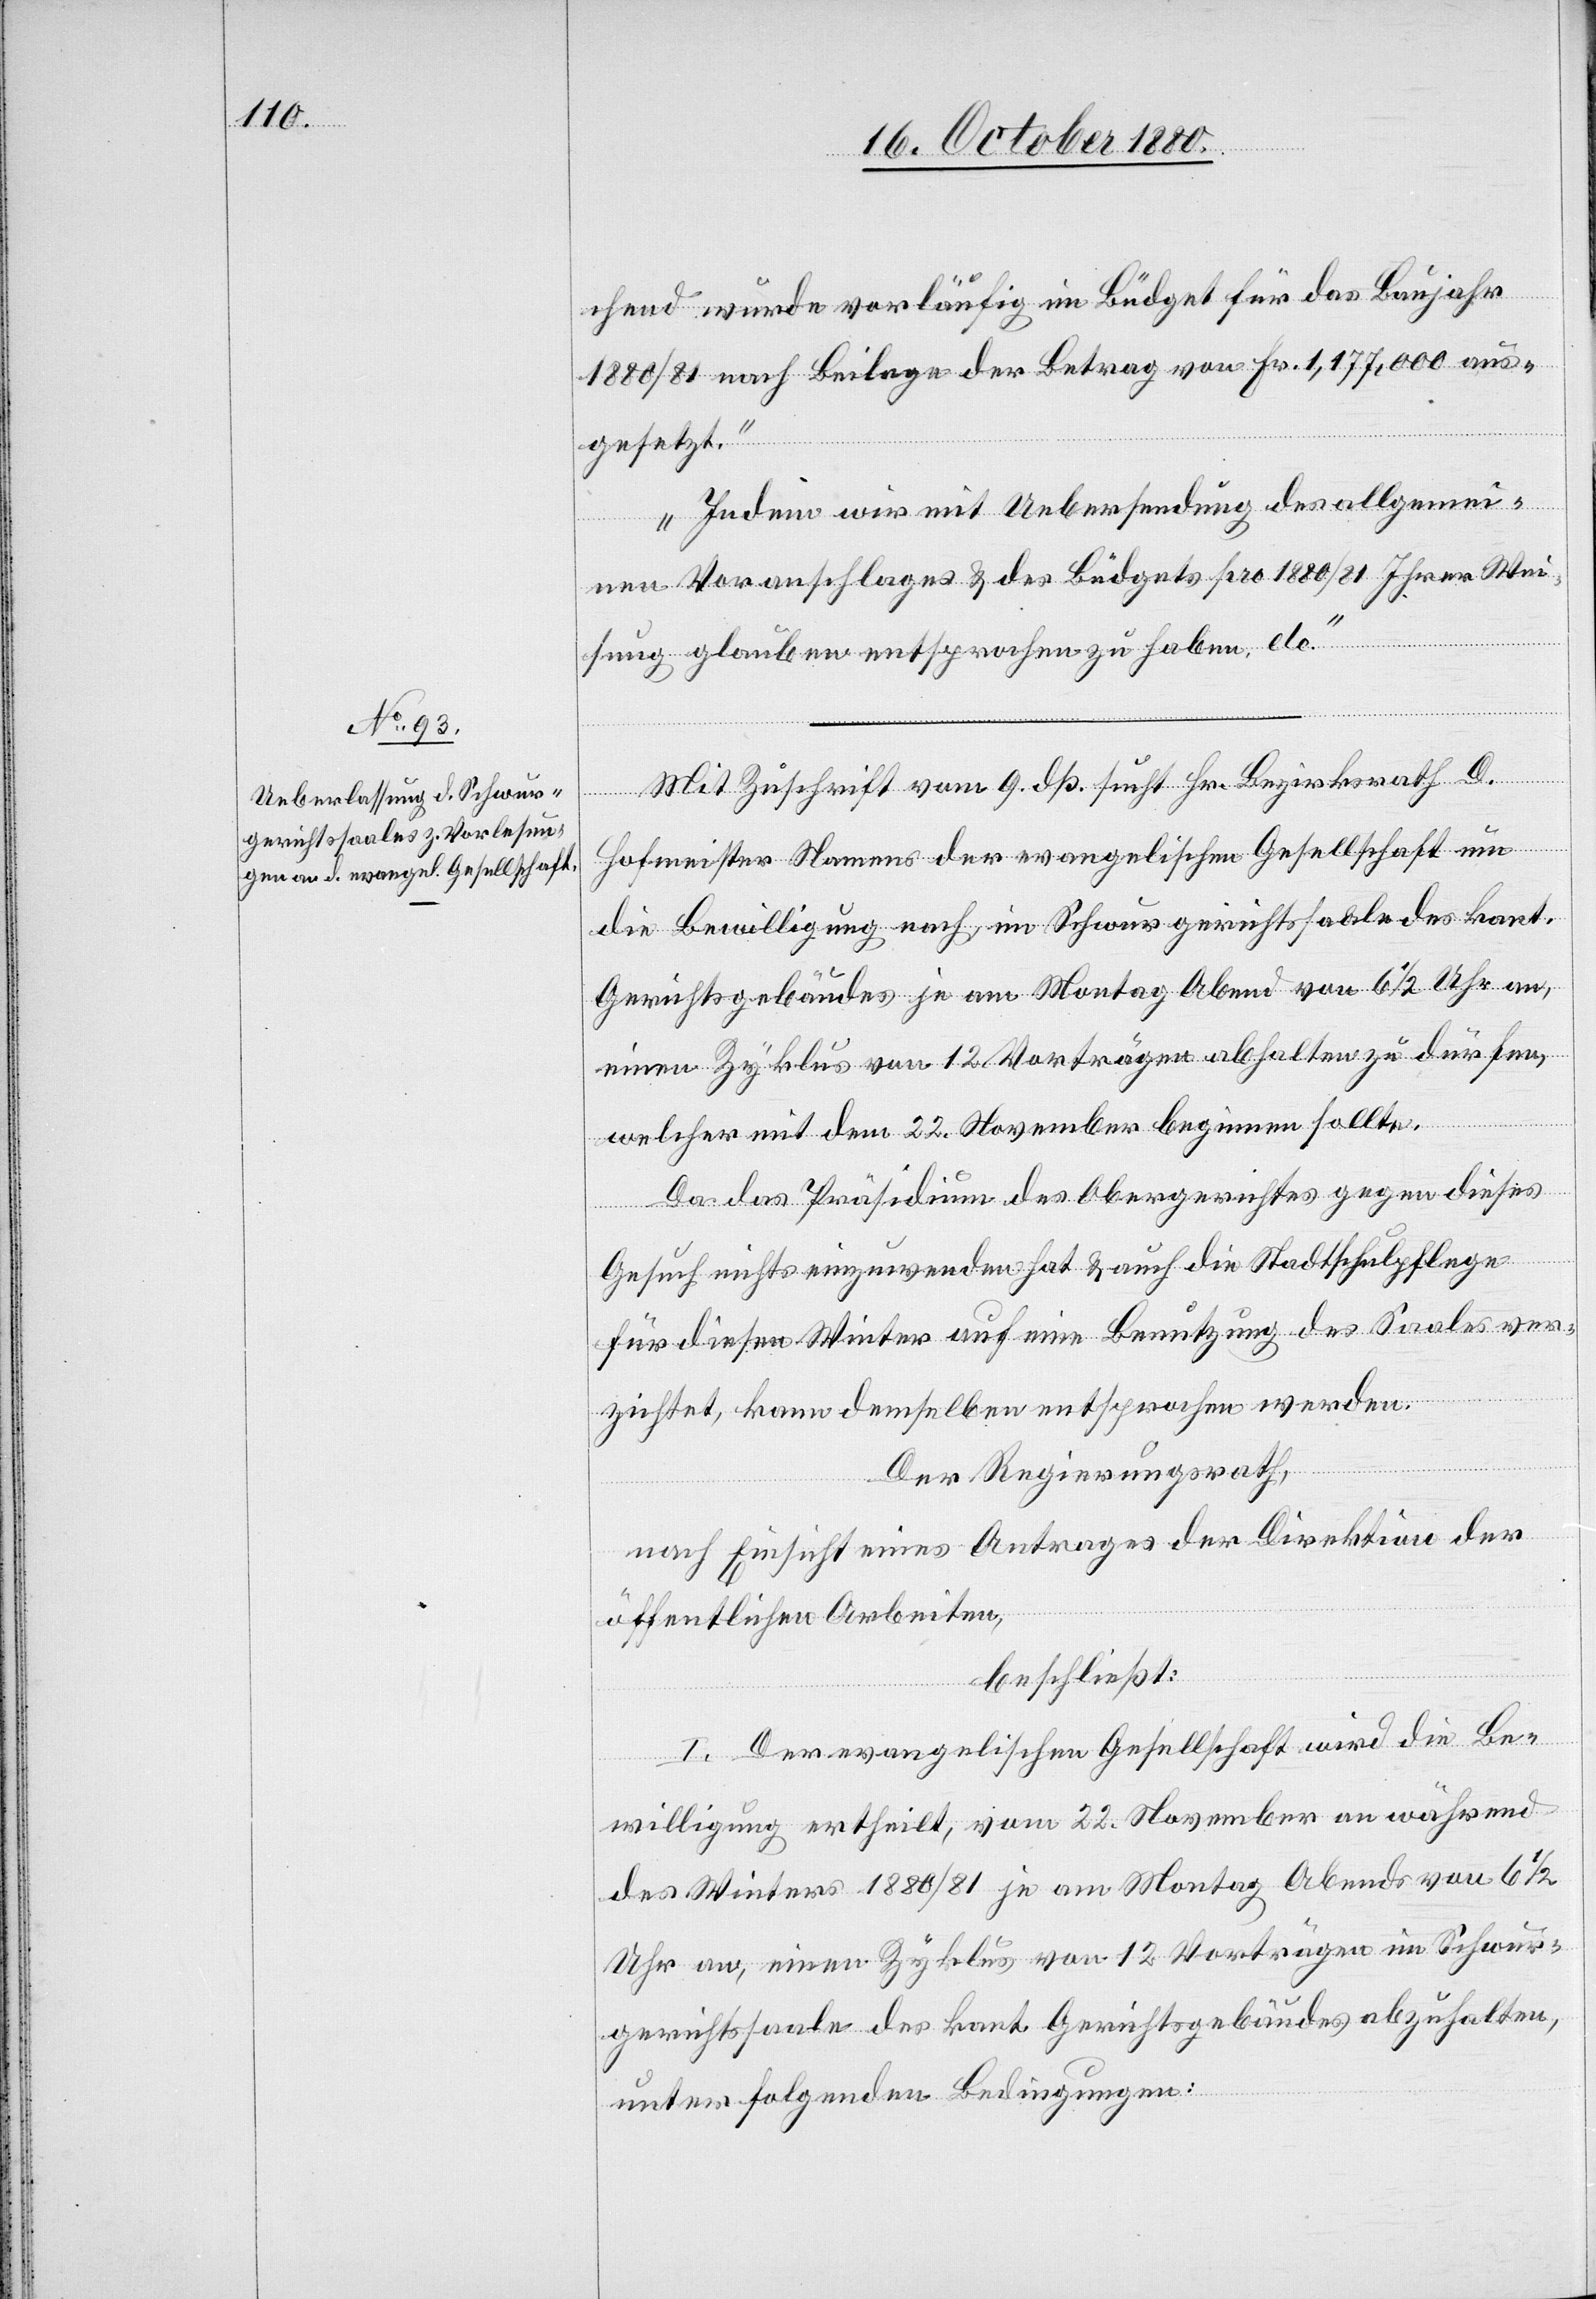
chend wurde vorläufig im Büdget für das Baujahr
1880/81 nach Beilage der Betrag von Fr. 1,177,000 aus¬
gesetzt.
Indem wir mit Uebersendung des allgemei¬
nen Voranschlages & des Büdgets pro 1880/81 Ihrer Wei¬
sung glauben entsprochen zu haben etc.“
Mit Zuschrift vom 9. dß. sucht Hr. Bezirksrath D.
Hofmeister Namens der evangelischen Gesellschaft um
die Bewilligung nach, im Schwurgerichtssaale des kant.
Gerichtsgebäudes je am Montag Abend von 6 1/2 Uhr an,
einen Zyklus von 12 Vorträgen abhalten zu dürfen,
welcher mit dem 22. November beginnen sollte.
Da das Präsidium des Obergerichtes gegen dieses
Gesuch nichts einzuwenden hat & auch die Stadtschulpflege
für diesen Winter auf eine Benutzung des Saales ver¬
zichtet, kann demselben entsprochen werden.
Der Regierungsrath,
nach Einsicht eines Antrages der Direktion der
öffentlichen Arbeiten,
beschließt:
I. Der evangelischen Gesellschaft wird die Be¬
willigung ertheilt, vom 22. November an während
des Winters 1880/81 je am Montag Abends von 6 1/2
Uhr an, einen Zyklus von 12 Vorträgen im Schwur¬
gerichtssaale des kant. Gerichtsgebäudes abzuhalten,
unter folgenden Bedingungen: